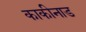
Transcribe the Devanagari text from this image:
काकीनाड